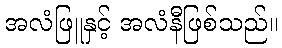
အလံဖြူနှင့် အလံနီဖြစ်သည်။